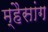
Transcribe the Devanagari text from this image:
म्हैसांग